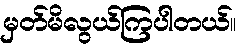
မှတ်မိလွယ်ကြပါတယ်။